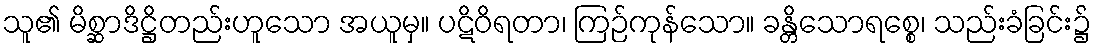
သူ၏ မိစ္ဆာဒိဋ္ဌိတည်းဟူသော အယူမှ။ ပဋိဝိရတာ၊ ကြဉ်ကုန်သော။ ခန္တိသောရစ္စေ၊ သည်းခံခြင်း၌